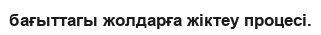
бағыттагы жолдарға жіктеу процесі.